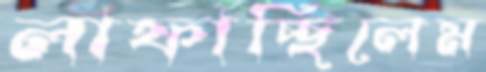
লাফাচ্ছিলেম